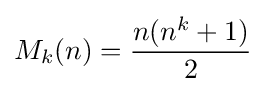
M_{k}(n)={\frac {n(n^{k}+1)}{2}}